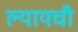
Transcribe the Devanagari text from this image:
ल्यायची